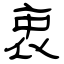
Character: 衷